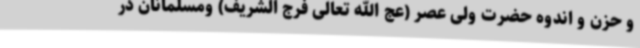
و حزن و اندوه حضرت ولی عصر (عج الله تعالی فرج الشریف) ومسلمانان در